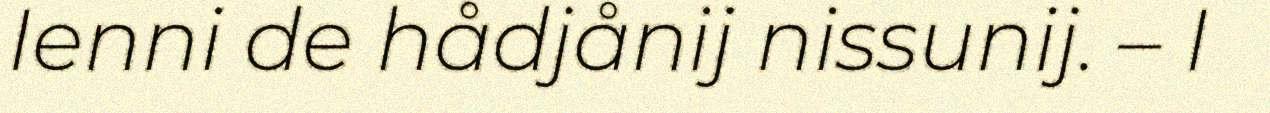
Ienni de hådjånij nissunij. – I